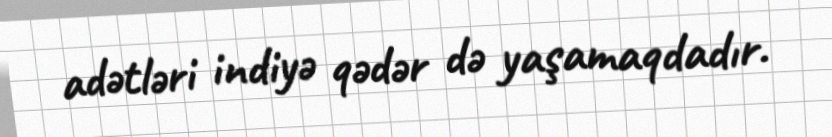
adətləri indiyə qədər də yaşamaqdadır.